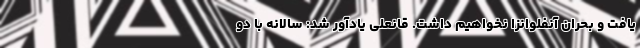
یافت و بحران آنفلوانزا نخواهیم داشت. قانعلی یادآور شد: سالانه با دو